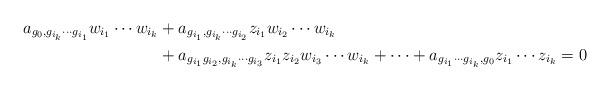
LaTeX: \begin{align*} a_{g_0, g_{i_k}\cdots g_{i_1}} w_{i_1}\cdots w_{i_k}&+a_{g_{i_1}, g_{i_k}\cdots g_{i_2}} z_{i_1}w_{i_2}\cdots w_{i_k}\\&+ a_{g_{i_1}g_{i_2}, g_{i_k}\cdots g_{i_3}} z_{i_1} z_{i_2} w_{i_3}\cdots w_{i_k}+\cdots +a_{g_{i_1}\cdots g_{i_k},g_0} z_{i_1}\cdots z_{i_k}=0\end{align*}